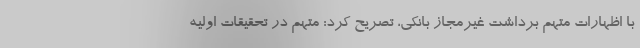
با اظهارات متهم برداشت غیرمجاز بانکی، تصریح کرد: متهم در تحقیقات اولیه